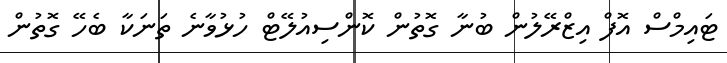
ޓައިމްސް އޮފް އިޒްރޭލުން ބުނާ ގޮތުން ކޮންސިއުލޭޓް ހުޅުވާނެ ތަނަކާ ބެހޭ ގޮތުން